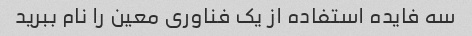
سه فایده استفاده از یک فناوری معین را نام ببرید